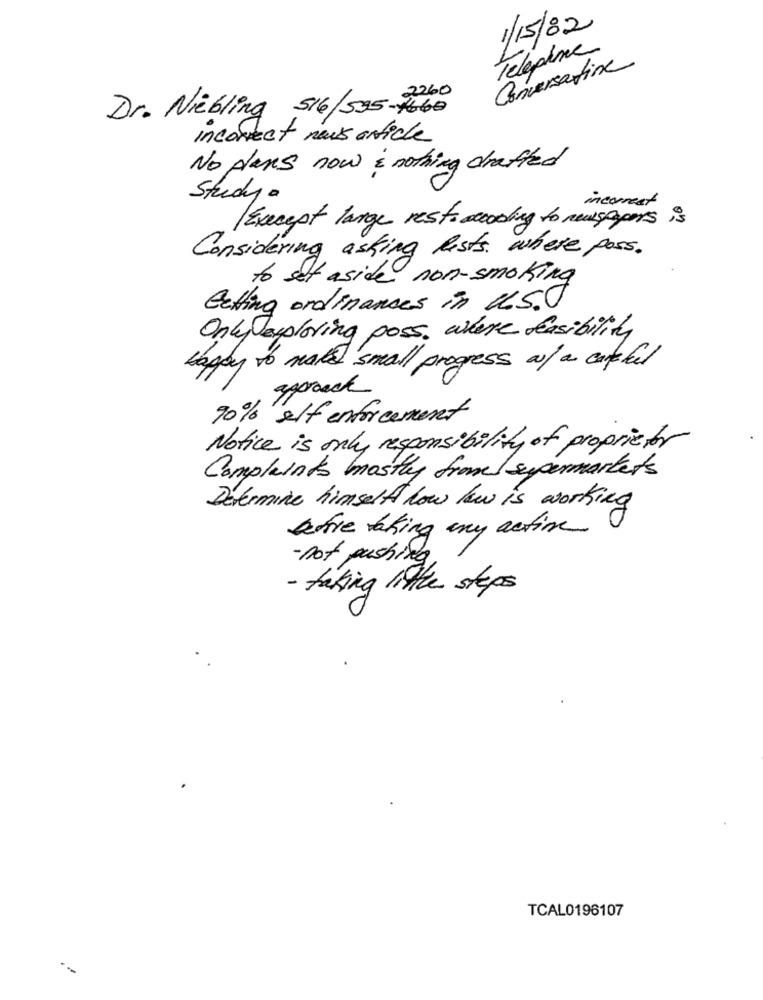
1/15/82
Telepine
Conversatione
Dr. Niebling 51/595-7660
incorrect news article
No plans now i nothing drafted
Study
incorrect
Except large rest. according to newspapers is
Considering asking Rests. where poss.
to set aside non-smoking
Eating ordinances in U.S.
Only exploring poss. where deasibility
happy to make small progress of a captul
ggersack
90%'elf enforcement
Notice is only responsibility of proprietor
Complaints mostly from supermarkets
Détermine himself how low is working
lire taking any active
- not pushing.
- taking little steps
TCAL0196107